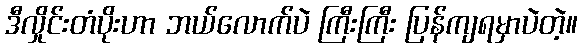
ဒီလှိုင်းတံပိုးဟာ ဘယ်လောက်ပဲ ကြီးကြီး ပြန်ကျရမှာပဲတဲ့။